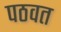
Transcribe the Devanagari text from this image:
पठवत